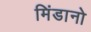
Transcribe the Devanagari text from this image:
मिंडानो